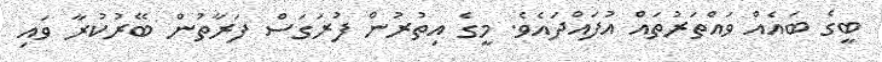
ބީގެ ބައެއް ވައްތަރުތައް އުފައްދައެވެ. މީގެ އިތުރުން ފުރަގަސް ފަރާތުން ބޭރުކުރާ ވައި